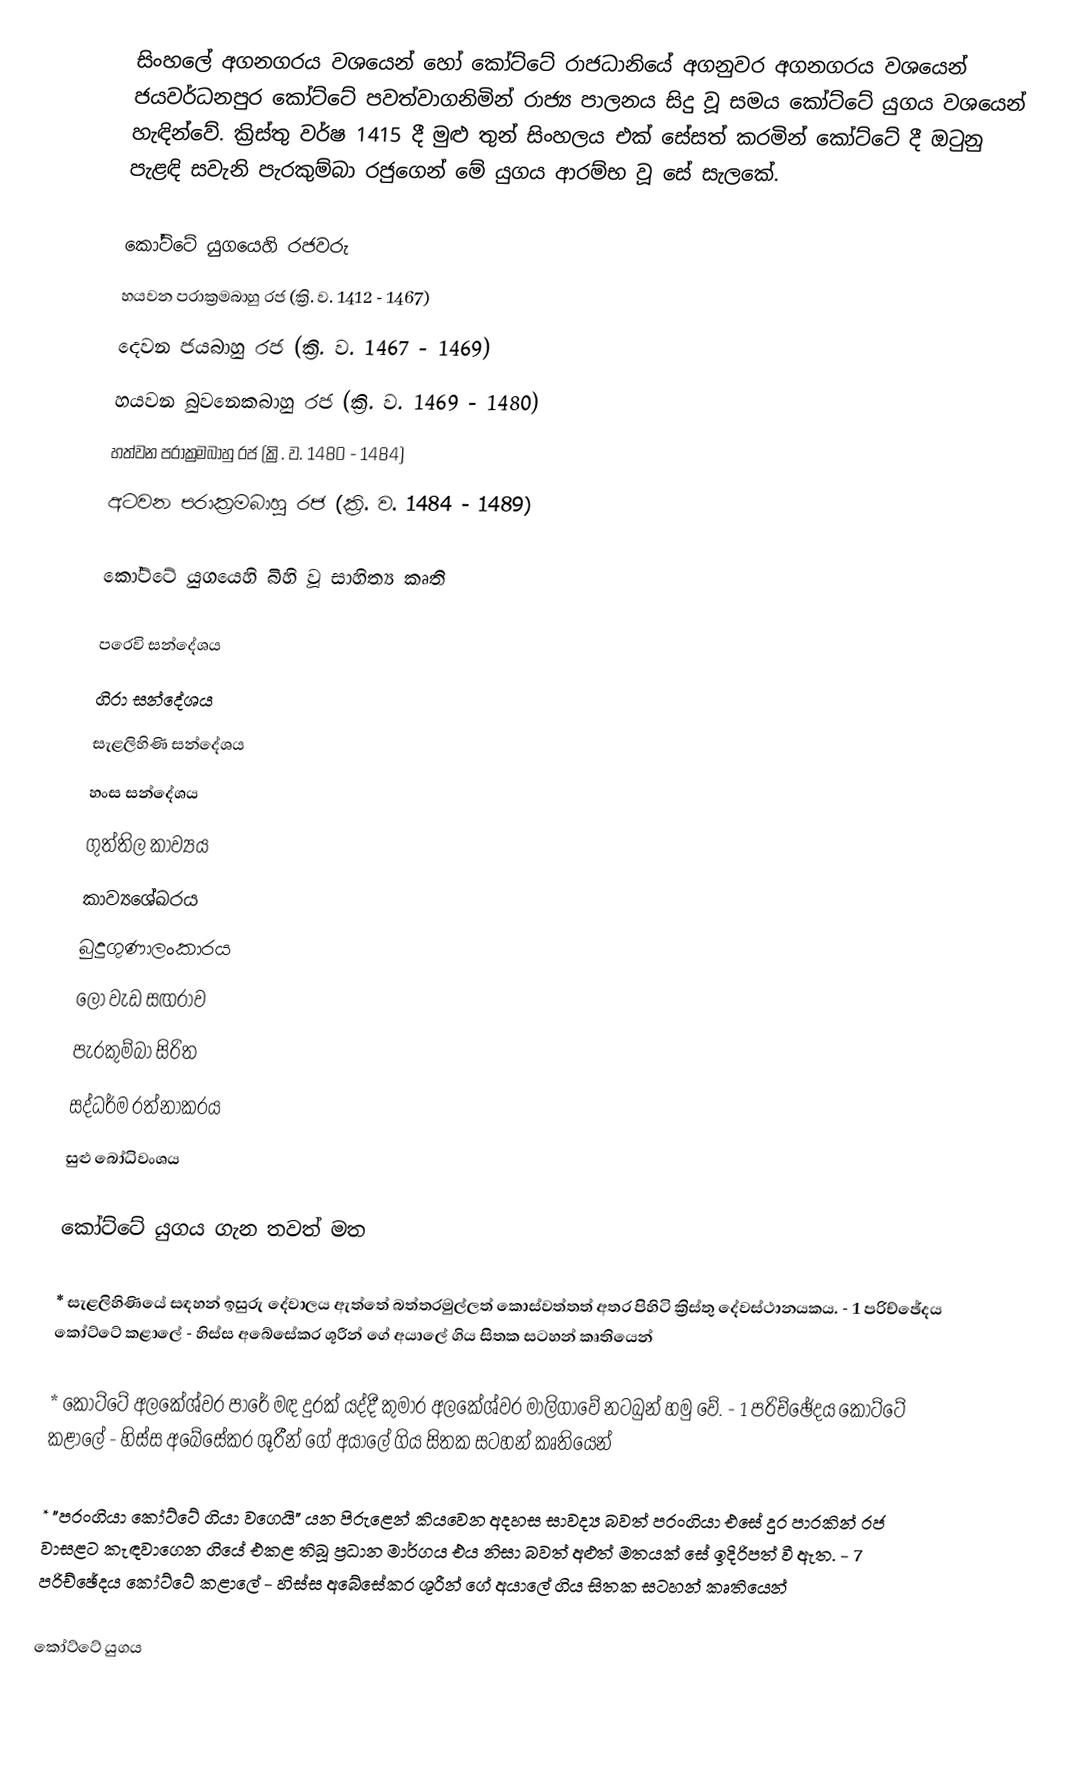
සිංහලේ අගනගරය වශයෙන් හෝ කෝට්ටේ රාජධානියේ අගනුවර අගනගරය වශයෙන් ජයවර්ධනපුර කෝට්ටේ පවත්වාගනිමින් රාජ්‍ය පාලනය සිදු වූ සමය කෝට්ටේ යුගය වශයෙන් හැඳින්වේ. ක්‍රිස්තු වර්ෂ 1415 දී මුළු තුන් සිංහලය එක් සේසත් කරමින් කෝට්ටේ දී ඔටුනු පැළඳි සවැනි පැරකුම්බා රජුගෙන් මේ යුගය ආරම්භ වූ සේ සැලකේ.

කෝට්ටේ යුගයෙහි රජවරු
 හයවන පරාක්‍රමබාහු රජ (ක්‍රි. ව. 1412 - 1467)
 දෙවන ජයබාහු රජ (ක්‍රි. ව. 1467 - 1469)
 හයවන බුවනෙකබාහු රජ (ක්‍රි. ව.  1469 - 1480)
 හත්වන පරාක්‍රමබාහු රජ (ක්‍රි. ව.  1480 - 1484)
 අටවන පරාක්‍රමබාහු රජ (ක්‍රි. ව.  1484 - 1489)

කෝට්ටේ යුගයෙහි බිහි වූ සාහිත්‍ය කෘති

 පරෙවි සන්දේශය
 ගිරා සන්දේශය
 සැළලිහිණි සන්දේශය
 හංස සන්දේශය
 ගුත්තිල කාව්‍යය
 කාව්‍යශේඛරය
 බුදුගුණාලංකාරය
 ලෝ වැඩ සඟරාව
 පැරකුම්බා සිරිත
 සද්ධර්ම රත්නාකරය
 සුළු බෝධිවංශය

කෝට්ටේ යුගය ගැන තවත් මත

*  සැළලිහිණියේ සඳහන් ඉසුරු දේවාලය ඇත්තේ බත්තරමුල්ලත් කොස්වත්තත් අතර පිහිටි ක්‍රිස්තු දේවස්ථානයකය. - 1 පරිච්ඡේදය කෝට්ටේ කළාලේ - හිස්ස අබේසේකර ශූරීන් ගේ අයාලේ ගිය සිතක සටහන් කෘතියෙන්

*  කෝට්ටේ අලකේශ්වර පාරේ මඳ දුරක් යද්දී කුමාර අලකේශ්වර මාලිගාවේ නටබුන් හමු වේ.  - 1 පරිච්ඡේදය කෝට්ටේ කළාලේ - හිස්ස අබේසේකර ශූරීන් ගේ අයාලේ ගිය සිතක සටහන් කෘතියෙන්

*  "පරංගියා කෝට්ටේ ගියා වගෙයි" යන පිරුළෙන් කියවෙන අදහස සාවද්‍ය බවත් පරංගියා එසේ දුර පාරකින් රජ වාසළට කැඳවාගෙන ගියේ එකළ තිබූ ප්‍රධාන මාර්ගය එය නිසා බවත් අළුත් මතයක් සේ ඉදිරිපත් වී ඇත.  - 7 පරිච්ඡේදය කෝට්ටේ කළාලේ - හිස්ස අබේසේකර ශූරීන් ගේ අයාලේ ගිය සිතක සටහන් කෘතියෙන්

කෝට්ටේ යුගය